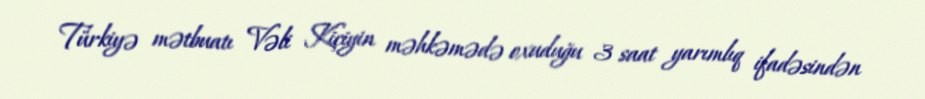
Türkiyə mətbuatı Vəli Kiçiyin məhkəmədə oxuduğu 3 saat yarımlıq ifadəsindən